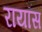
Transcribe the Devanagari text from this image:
रायॉस